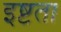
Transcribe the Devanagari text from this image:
इष्टता